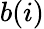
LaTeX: b(i)